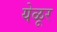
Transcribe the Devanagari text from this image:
येळूर